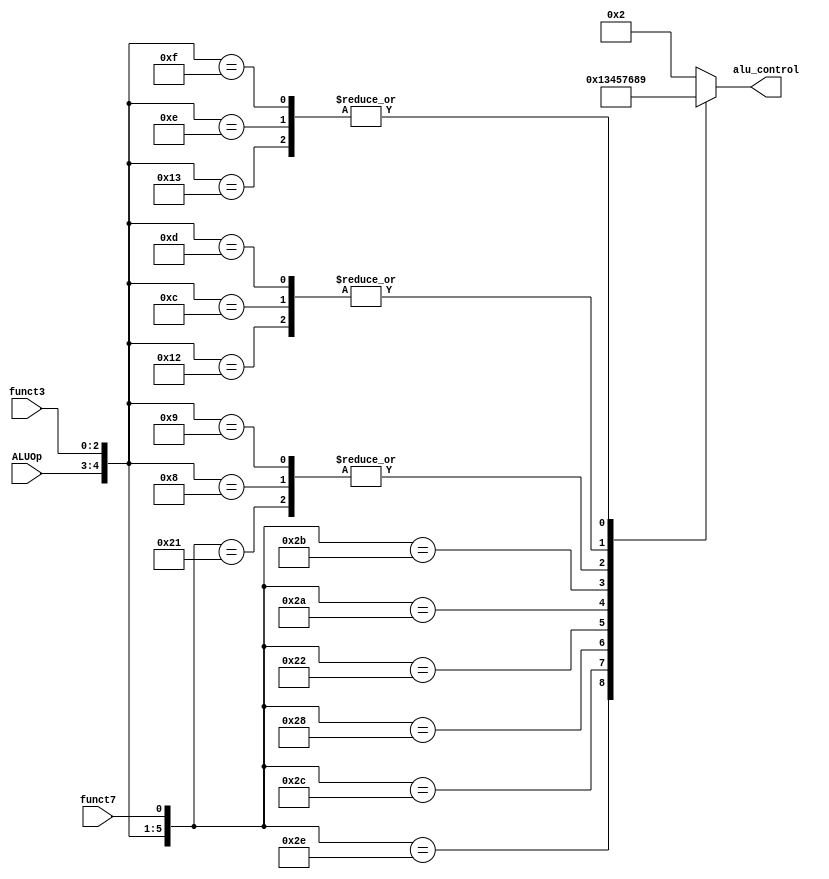
module ALU_control_unit (
    input [1:0] ALUOp,
    input [2:0] funct3,
    input funct7,
    
    output reg [3:0] alu_control
);
    wire [5:0] ALU_control_in;
    assign ALU_control_in = {ALUOp, funct3, funct7};
    
    always @(ALU_control_in) 
    begin
        casex (ALU_control_in)
            // R type
            6'b100000: alu_control = 4'b0010;  //ADD
            6'b100001: alu_control = 4'b0110;  //SUB
            6'b101110: alu_control = 4'b0000;  //AND
            6'b101100: alu_control = 4'b0001;  //OR
            6'b101000: alu_control = 4'b0011;  //XOR
            6'b100010: alu_control = 4'b0100;  //Logic left shift
            6'b101010: alu_control = 4'b0101;  //Logic right shift
            6'b101011: alu_control = 4'b0111;  //Arithmatic right shift
            6'b10010x: alu_control = 4'b1000;  //SLT
            6'b10011x: alu_control = 4'b1001;  //SLTU
            // I, S type
            6'b00xxxx: alu_control = 4'b0010;  //LOAD, STORE
            // B type
            6'b01000x: alu_control = 4'b0110;  //BEQ
            6'b01001x: alu_control = 4'b0110;  //BNE
            6'b01100x: alu_control = 4'b1000;  //BLT
            6'b01101x: alu_control = 4'b1000;  //BGE
            6'b01110x: alu_control = 4'b1001;  //BLTU
            6'b01111x: alu_control = 4'b1001;  //BGEU
            // Default
            default: alu_control = 4'b0010;  //ADD
        endcase
        
    end
    
endmodule